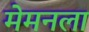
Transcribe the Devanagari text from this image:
मेमनला